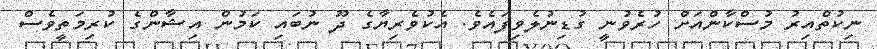
ނިކުތްއިރު މުސްކާންއަށް ހުރެވުނީ ގުޑިނުލެވިފައެވެ. އެކުވެރިޔާގެ ދޫ ނުބައި ކަމުން އިޝާންގެ ކުރިމަތީވެސް